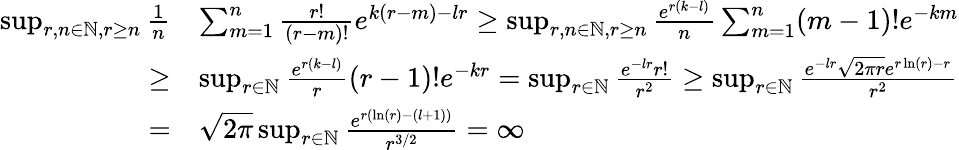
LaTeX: \begin{array}{rl}{\operatorname*{sup}_{r,n\in\mathbb{N},r\geq n}\frac{1}{n}}&{\sum_{m=1}^{n}\frac{r!}{(r-m)!}e^{k(r-m)-lr}\geq\operatorname*{sup}_{r,n\in\mathbb{N},r\geq n}\frac{e^{r(k-l)}}{n}\sum_{m=1}^{n}(m-1)!e^{-km}}\\ {\geq}&{\operatorname*{sup}_{r\in\mathbb{N}}\frac{e^{r(k-l)}}{r}(r-1)!e^{-kr}=\operatorname*{sup}_{r\in\mathbb{N}}\frac{e^{-lr}r!}{r^{2}}\geq\operatorname*{sup}_{r\in\mathbb{N}}\frac{e^{-lr}\sqrt{2\pi r}e^{r\ln(r)-r}}{r^{2}}}\\ {=}&{\sqrt{2\pi}\operatorname*{sup}_{r\in\mathbb{N}}\frac{e^{r(\ln(r)-(l+1))}}{r^{3/2}}=\infty}\end{array}